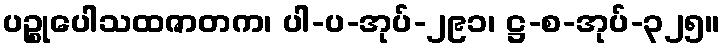
ပဉ္စုပေါသထဇာတက၊ ပါ-ပ-အုပ်-၂၉၁၊ ဋ္ဌ-စ-အုပ်-၃၂၅။